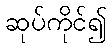
ဆုပ်ကိုင်၍